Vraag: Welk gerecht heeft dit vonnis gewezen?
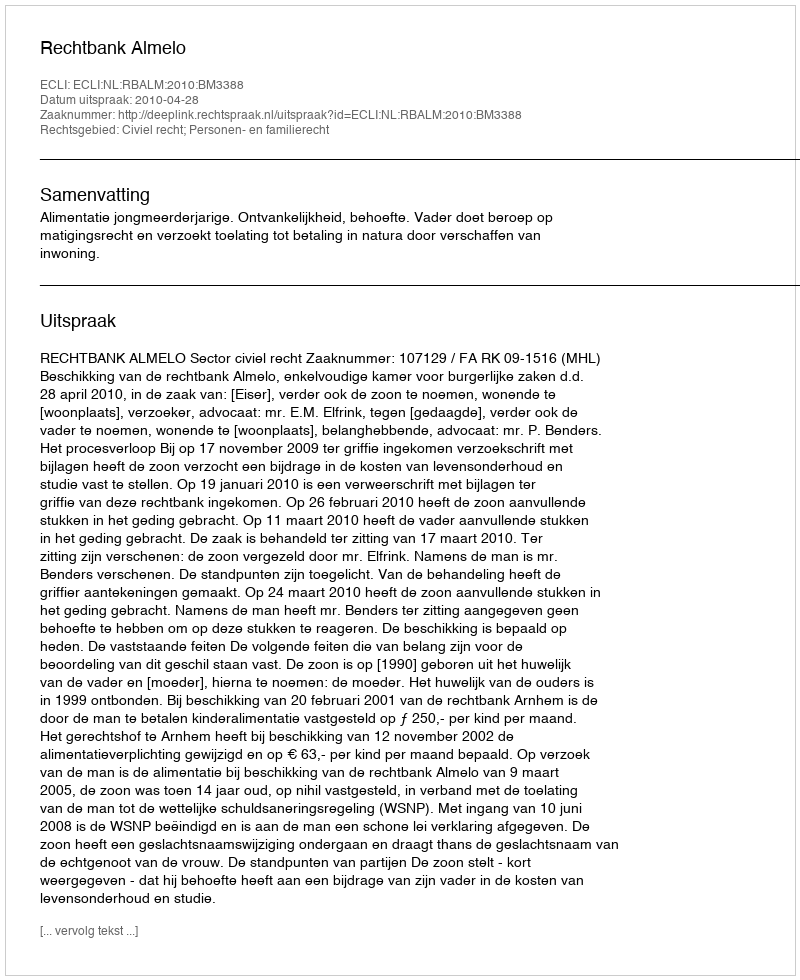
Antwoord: Rechtbank Almelo